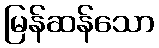
မြန်ဆန်သော